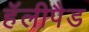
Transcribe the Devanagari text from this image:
हॅलीपैड